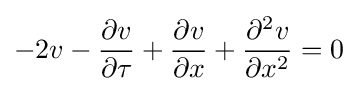
-2v-{\frac {\partial v}{\partial \tau }}+{\frac {\partial v}{\partial x}}+{\frac {\partial ^{2}v}{\partial x^{2}}}=0